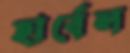
হার্বেল